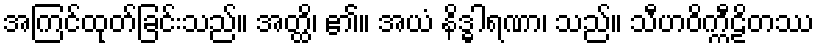
အကြင်ထုတ်ခြင်းသည်။ အတ္ထိ၊ ၏။ အယံ နိဒ္ဓါရဏာ၊ သည်။ သီဟဝိက္ကီဠိတဿ